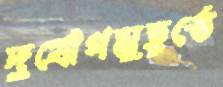
দুর্যোগমুহূর্তে